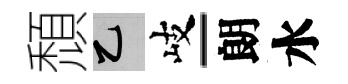
頹乙岐-朗水